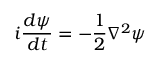
i \frac { d \psi } { d t } = - \frac { 1 } { 2 } \nabla ^ { 2 } \psi